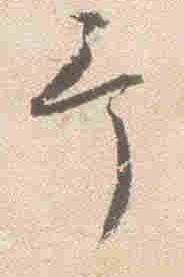
予